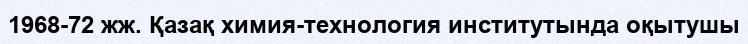
1968-72 жж. Қазақ химия-технология институтында оқытушы